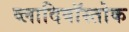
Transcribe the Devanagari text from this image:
व्लादिवॉस्तोक